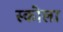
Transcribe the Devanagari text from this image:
स्कोला